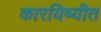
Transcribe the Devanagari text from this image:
कारयिष्यीत